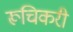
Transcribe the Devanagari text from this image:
रूचिकरी